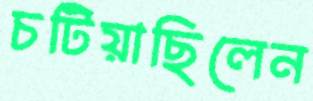
চটিয়াছিলেন